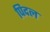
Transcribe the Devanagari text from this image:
पिदल